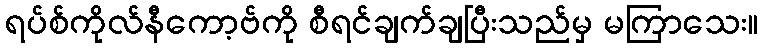
ရပ်စ်ကိုလ်နီကော့ဗ်ကို စီရင်ချက်ချပြီးသည်မှ မကြာသေး။